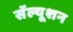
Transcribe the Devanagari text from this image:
सॅल्यूशन